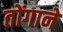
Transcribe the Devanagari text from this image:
तोंगाने